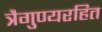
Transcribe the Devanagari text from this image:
त्रैगुण्यरहित